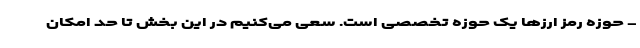
- حوزه رمز ارزها یک حوزه تخصصی است. سعی می‌کنیم در این بخش تا حد امکان